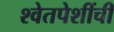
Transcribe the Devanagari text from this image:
श्वेतपेशींची